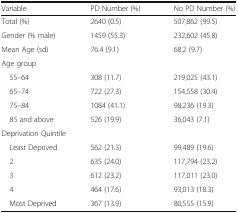
| Variable | PD Number (%) | No PD Number (%) |
 | --- | --- | --- |
 | Total (%) | 2640 (0.5) | 507,862 (99.5) |
 | Gender (% male) | 1459 (55.3) | 232,602 (45.8) |
 | Mean Age (sd) | 76.4 (9.1) | 68.2 (9.7) |
 | <COLSPAN=3> Age group |
 | 55–64 | 308 (11.7) | 219,025 (43.1) |
 | 65–74 | 722 (27.3) | 154,558 (30.4) |
 | 75–84 | 1084 (41.1) | 98,236 (19.3) |
 | 85 and above | 526 (19.9) | 36,043 (7.1) |
 | <COLSPAN=3> Deprivation Quintile |
 | Least Deprived | 562 (21.3) | 99,489 (19.6) |
 | 2 | 635 (24.0) | 117,794 (23.2) |
 | 3 | 612 (23.2) | 117,011 (23.0) |
 | 4 | 464 (17.6) | 93,013 (18.3) |
 | Most Deprived | 367 (13.9) | 80,555 (15.9) |